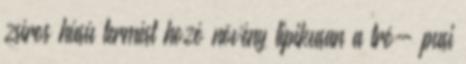
zsíros húsú termést hozó növény tipikusan a tró- pusi